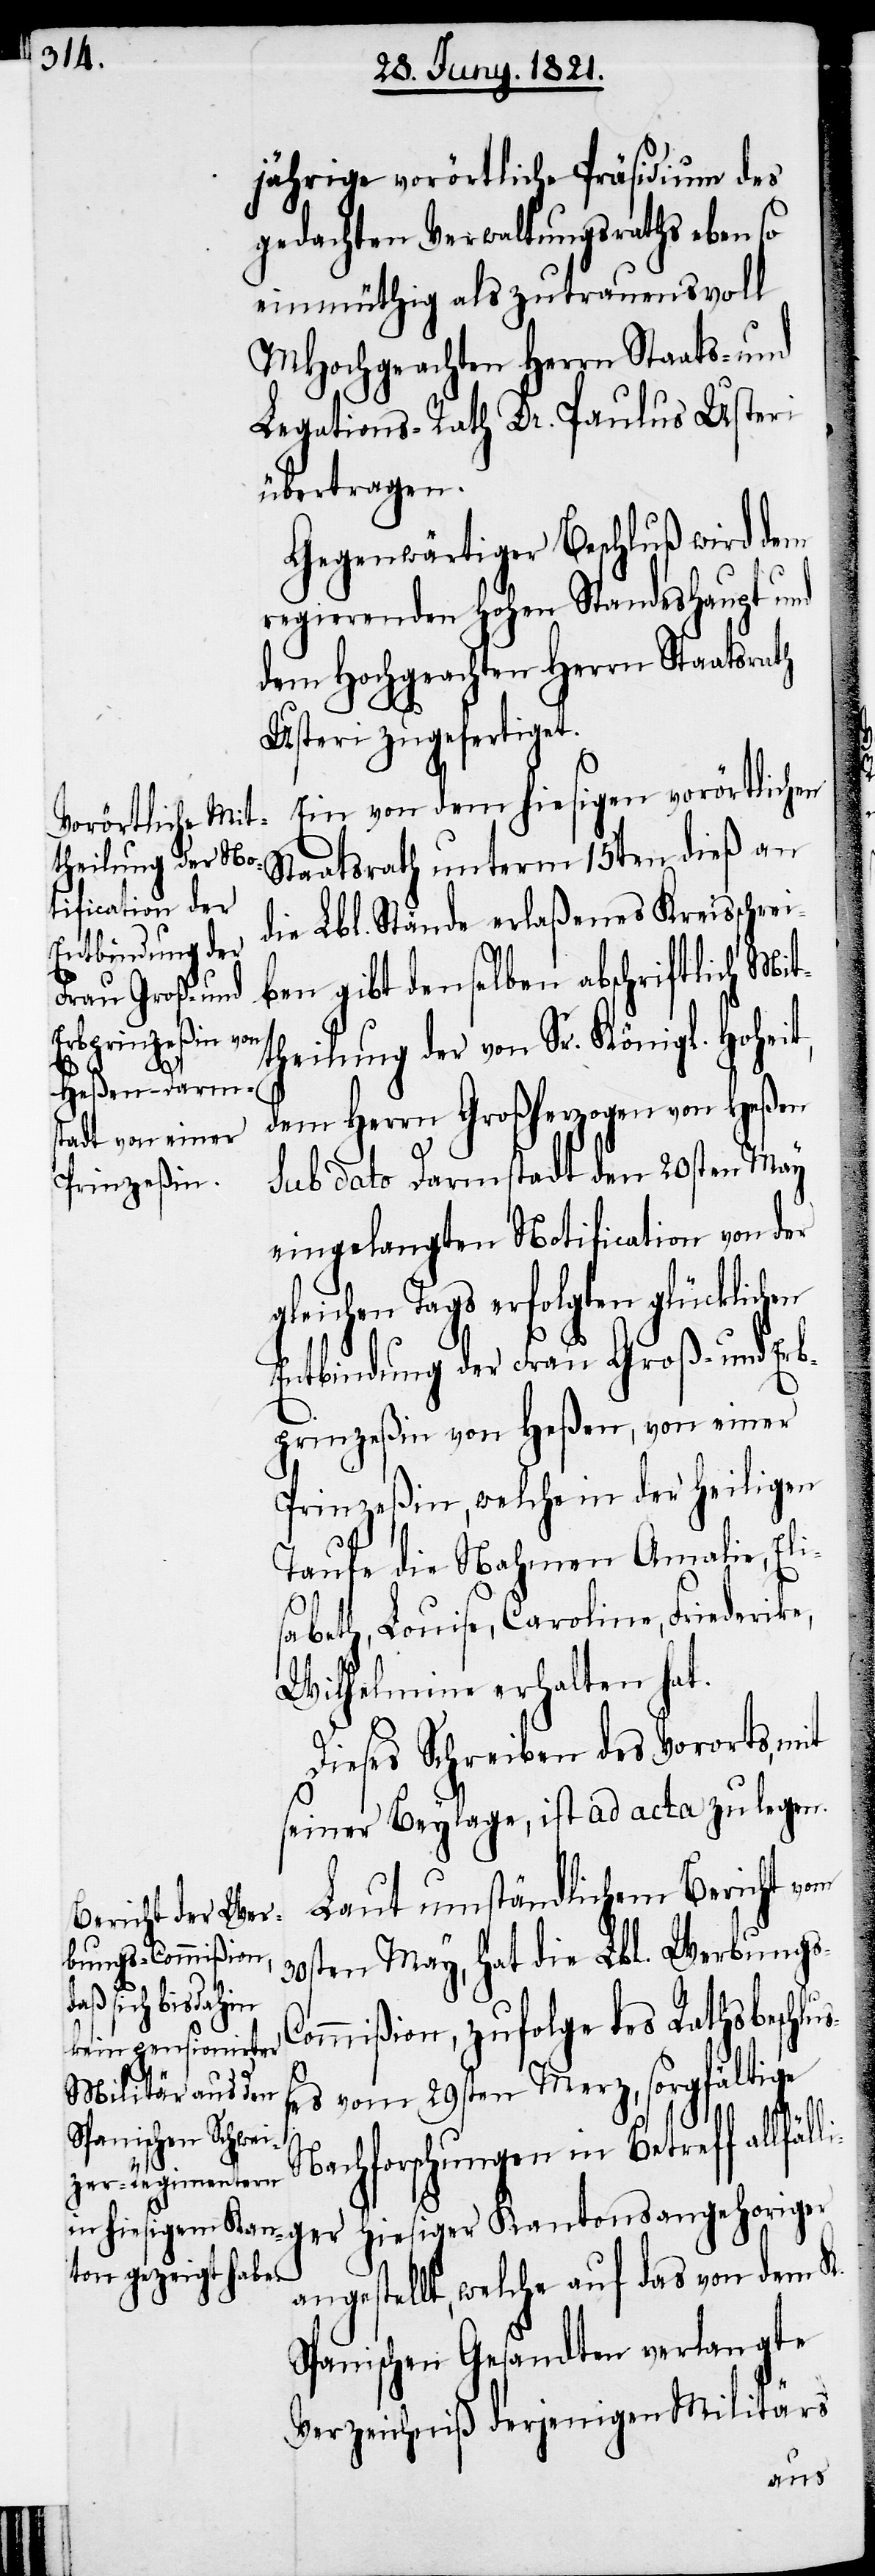
jährige vorörtliche Präsidium des
gedachten Verwaltungsraths eben so
einmüthig als zutrauensvoll
MHochgeachten Herrn Staats- und
Legations-Rath Dr. Paulus Usteri
übertragen.
Gegenwärtiger Beschluß wird dem
regierenden hohen Standeshaupt und
dem Hochgeachten Staatsrath
Usteri zugefertiget.
Ein von dem hiesigen vorörtlichen
Staatsrath unterm 15ten dieß an
die Lbl. Stände erlaßenes Kreisschrei¬
ben gibt denselben abschriftlich Mit¬
theilung der von Sr. Königl. Hoheit,
s-C¬
dem Herrn Großherzogen von Heßen
sub dato Darmstadt den 20sten May
eingelangten Notification von der
gleichen Tags erfolgten glücklichen
Entbindung der Frau Groß- und Erb¬
prinzeßin Heßen, von einer
Prinzeßin, welche in der heiligen
Taufe die Nahmen Amalie, Eli¬
abeth, Louise, Caroline, Friederi¬
Wilhelmine erhalten hat.
Dieses Schreiben des Vororts, mit
seiner Beylage, ist ad acta zu legen.
Laut umständlichem Bericht vom
30sten May, hat die Lbl. Werbung¬
liger hiesiger
ommißion, zufolge des Rathsbeschlu¬
ßes vom 29sten Merz, sorgfältige
Nachforschungen in Betreff allfäl¬
angestellt, welche auf das von dem K.
Spanischen Gesandten verlangte
Verzeichniß derjenigen Militärs